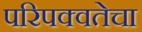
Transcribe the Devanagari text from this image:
परिपक्वतेचा